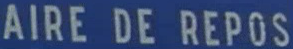
AIRE DE REPOS